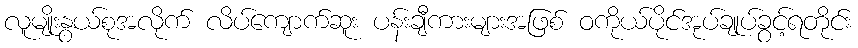
လူမျိုးနွယ်စုအလိုက် လိပ်ကျောက်ဆူး ပန်းချီကားများအဖြစ် ဝကိုယ်ပိုင်အုပ်ချုပ်ခွင့်ရတိုင်း